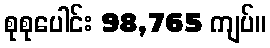
စုစုပေါင်း 98,765 ကျပ်။